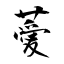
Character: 薆